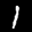
Label: 1